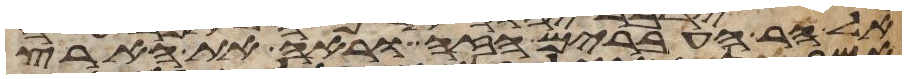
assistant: אל הר העברים הזה וראה את הארץ